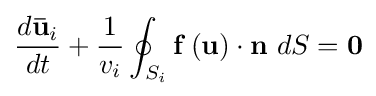
{{d{\mathbf {\bar {u}} }_{i}} \over {dt}}+{{1} \over {v_{i}}}\oint _{S_{i}}{\mathbf {f} }\left({\mathbf {u} }\right)\cdot {\mathbf {n} }\ dS={\mathbf {0} }